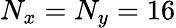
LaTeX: N_{x}=N_{y}=16